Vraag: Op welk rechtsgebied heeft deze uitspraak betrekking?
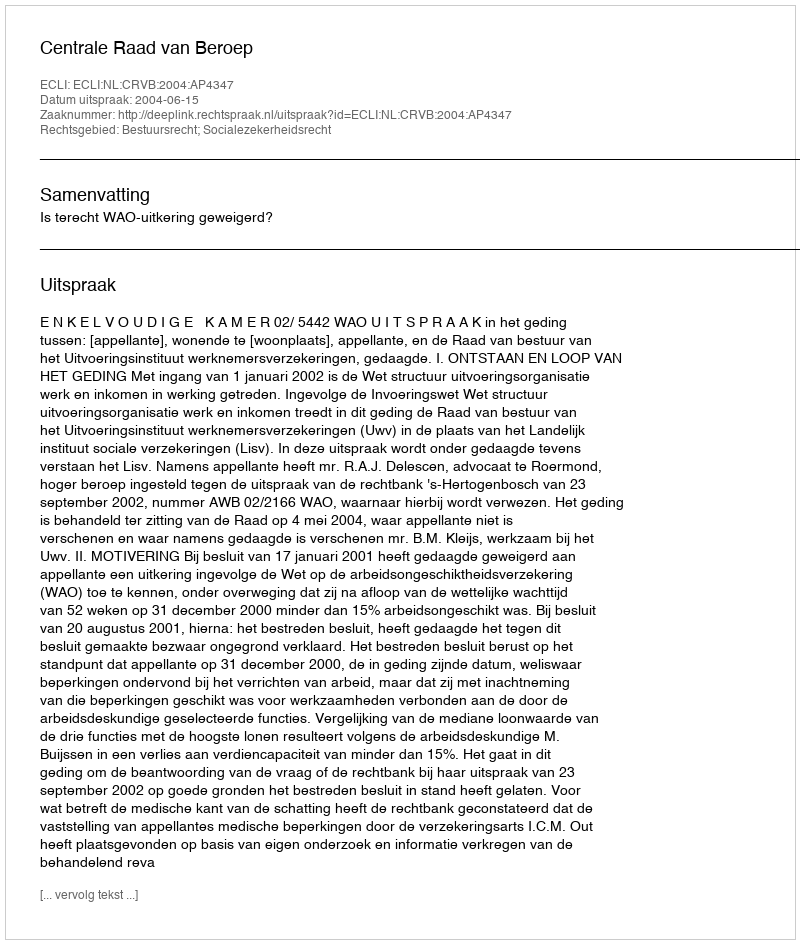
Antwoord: Bestuursrecht; Socialezekerheidsrecht